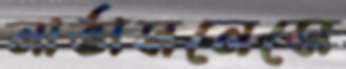
নার্ভাসনেসে